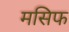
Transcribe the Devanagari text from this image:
मसिफ